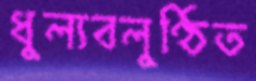
ধুল্যবলুণ্ঠিত